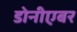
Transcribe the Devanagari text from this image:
डोनीएबर